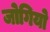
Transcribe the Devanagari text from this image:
जोगियो